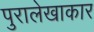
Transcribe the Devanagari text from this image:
पुरालेखाकार